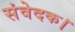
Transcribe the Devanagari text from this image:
संवेदक।